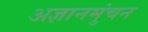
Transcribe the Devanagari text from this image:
अज्ञानमुंचन